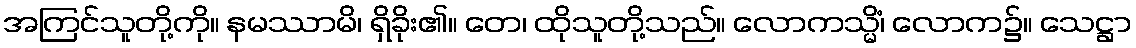
အကြင်သူတို့ကို။ နမဿာမိ၊ ရှိခိုး၏။ တေ၊ ထိုသူတို့သည်။ လောကသ္မိံ၊ လောက၌။ သေဋ္ဌာ